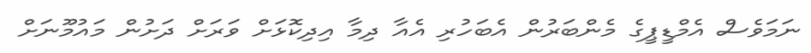
ނަމަވެސް އެމްޑީޕީގެ މެންބަރުން އެބަހުރި އެއާ ދިމާ އިދިކޮޅަށް ވަރަށް ދަށުން މައުމޫނަށް